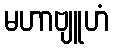
မဟာဗျူဟံ